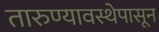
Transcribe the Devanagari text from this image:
तारुण्यावस्थेपासून